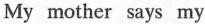
My mother says my